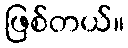
ဖြစ်တယ်။